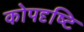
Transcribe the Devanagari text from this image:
कोपदृष्टि